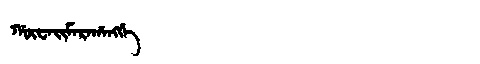
Manchu: ᡤᡡᠸᠠᡳᠮᠠᡵᠠᡥᠠᠩᡤᡝ
Romanization: GŪWAIMARAHANGGE